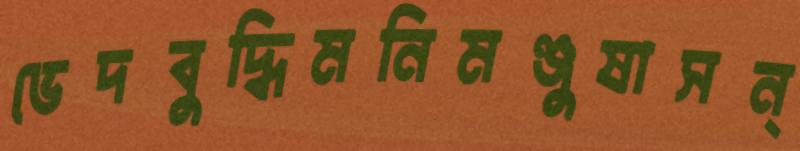
ভেদবুদ্ধিমনিমঞ্জুষাসন্